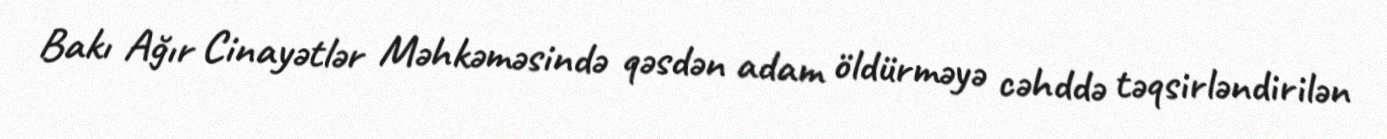
Bakı Ağır Cinayətlər Məhkəməsində qəsdən adam öldürməyə cəhddə təqsirləndirilən